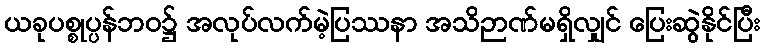
ယခုပစ္စုပ္ပန်ဘဝ၌ အလုပ်လက်မဲ့ပြဿနာ အသိဉာဏ်မရှိလျှင် ပြေးဆွဲနိုင်ပြီး